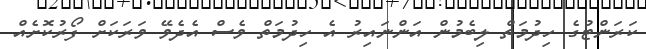
ކަރަންޓުގެ ހިދުމަތް ލިބެމުން އަންނައިރު އެ ހިދުމަތް ވެސް އެދެވޭ ވަރަކަށް ފޯރުކޮށެއް